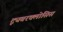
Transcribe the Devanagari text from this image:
ट्यूबरक्लोसिस